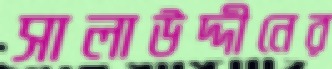
সালাউদ্দীনের